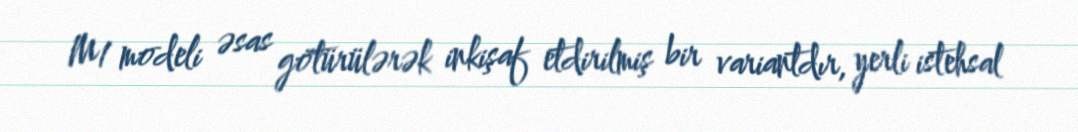
M1 modeli əsas götürülərək inkişaf etdirilmiş bir variantdır, yerli istehsal